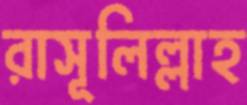
রাসূলিল্লাহ